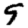
Digit: 9